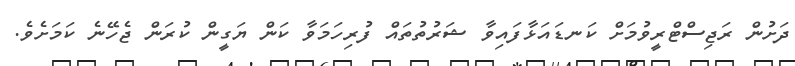
ދަށުން ރަޖިސްޓްރީވުމަށް ކަނޑައަޅާފައިވާ ޝަރުތުތައް ފުރިހަމަވާ ކަން ޔަގީން ކުރަން ޖެހޭނެ ކަމަށެވެ.